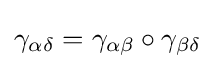
\gamma _{\alpha \delta }=\gamma _{\alpha \beta }\circ \gamma _{\beta \delta }